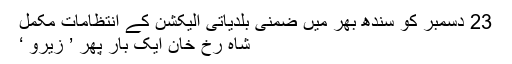
23 دسمبر کو سندھ بھر میں ضمنی بلدیاتی الیکشن کے انتظامات مکمل
شاہ رخ‌ خان ایک بار پھر ’ زیرو ‘